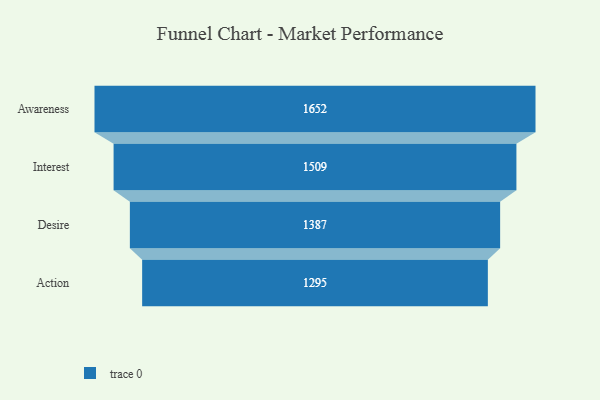
{"axis": {"x": "Stage", "y": "Value"}, "legend": [""], "data": [{"x": "Awareness", "y": 1652.0, "type": ""}, {"x": "Interest", "y": 1509.0, "type": ""}, {"x": "Desire", "y": 1387.0, "type": ""}, {"x": "Action", "y": 1295.0, "type": ""}]}